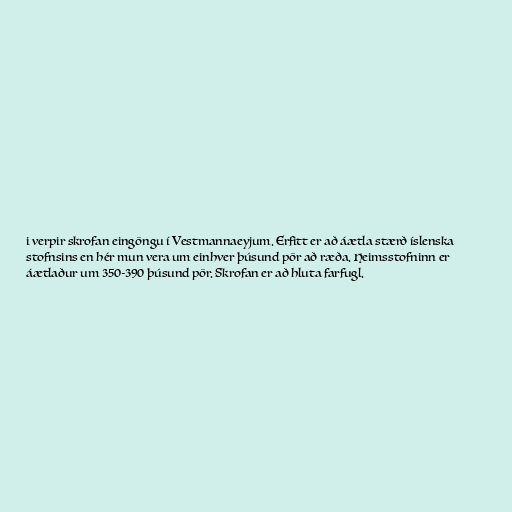
i verpir skrofan eingöngu í Vestmannaeyjum. Erfitt er að áætla stærð íslenska
stofnsins en hér mun vera um einhver þúsund pör að ræða. Heimsstofninn er
áætlaður um 350-390 þúsund pör. Skrofan er að hluta farfugl.